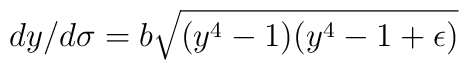
dy/d\sigma=b\sqrt{(y^4-1)(y^4-1+\epsilon)}